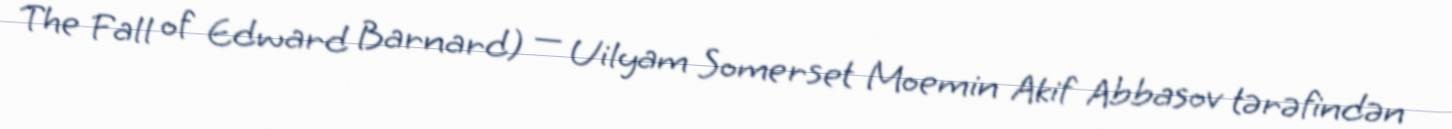
The Fall of Edward Barnard) — Uilyam Somerset Moemin Akif Abbasov tərəfindən